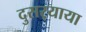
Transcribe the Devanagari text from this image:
दुसर्‍याया